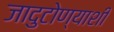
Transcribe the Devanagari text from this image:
जादुटोण्याशी